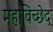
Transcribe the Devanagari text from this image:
महाविच्छेद